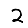
Digit: 2